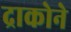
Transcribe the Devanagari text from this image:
द्राकोने